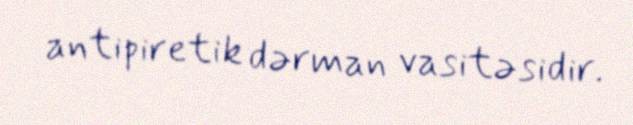
antipiretik dərman vasitəsidir.